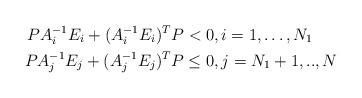
LaTeX: \begin{align*}PA_i^{-1}E_i + (A_i^{-1}E_i)^TP &< 0, i=1, \dots, N_1 \\PA_j^{-1}E_j + (A_j^{-1}E_j)^TP &\le 0, j=N_1+1, .., N\end{align*}